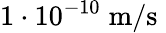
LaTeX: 1\cdot 10^{-10}\; \mathrm{m/s}\;